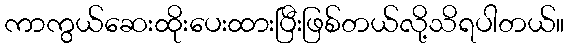
ကာကွယ်ဆေးထိုးပေးထားပြီးဖြစ်တယ်လို့သိရပါတယ်။